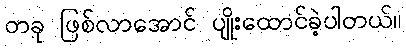
တခု ဖြစ်လာအောင် ပျိုးထောင်ခဲ့ပါတယ်။